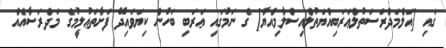
ގައި [އަލްމަދްރަސަތުލްޢަރަބިއްޔަތުލްއިސްލާމިއްޔާ] ގެ ނަމުގައި ޢަރަބި ބަހުން ކިޔަވައިދޭ ފަށާތަޢުލީމުގެ މަދްރަސާއެއް